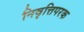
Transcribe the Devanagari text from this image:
निवृत्तिपरक